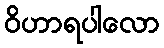
ဝိဟာရပါလော